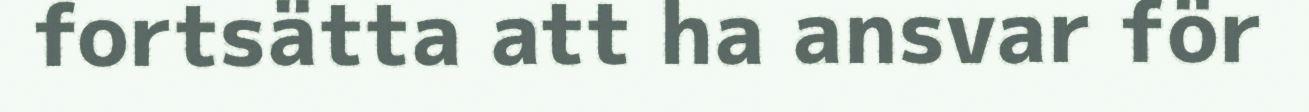
fortsätta att ha ansvar för